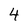
Character: 4